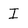
Character: I